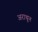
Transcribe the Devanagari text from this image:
अराथून